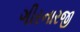
ગીરનારજી